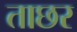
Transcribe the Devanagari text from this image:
ताछर